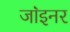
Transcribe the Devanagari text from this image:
जा॓इनर